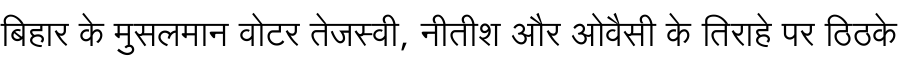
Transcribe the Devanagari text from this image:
बिहार के मुसलमान वोटर तेजस्वी, नीतीश और ओवैसी के तिराहे पर ठिठके